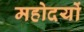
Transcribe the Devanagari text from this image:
महोदयों